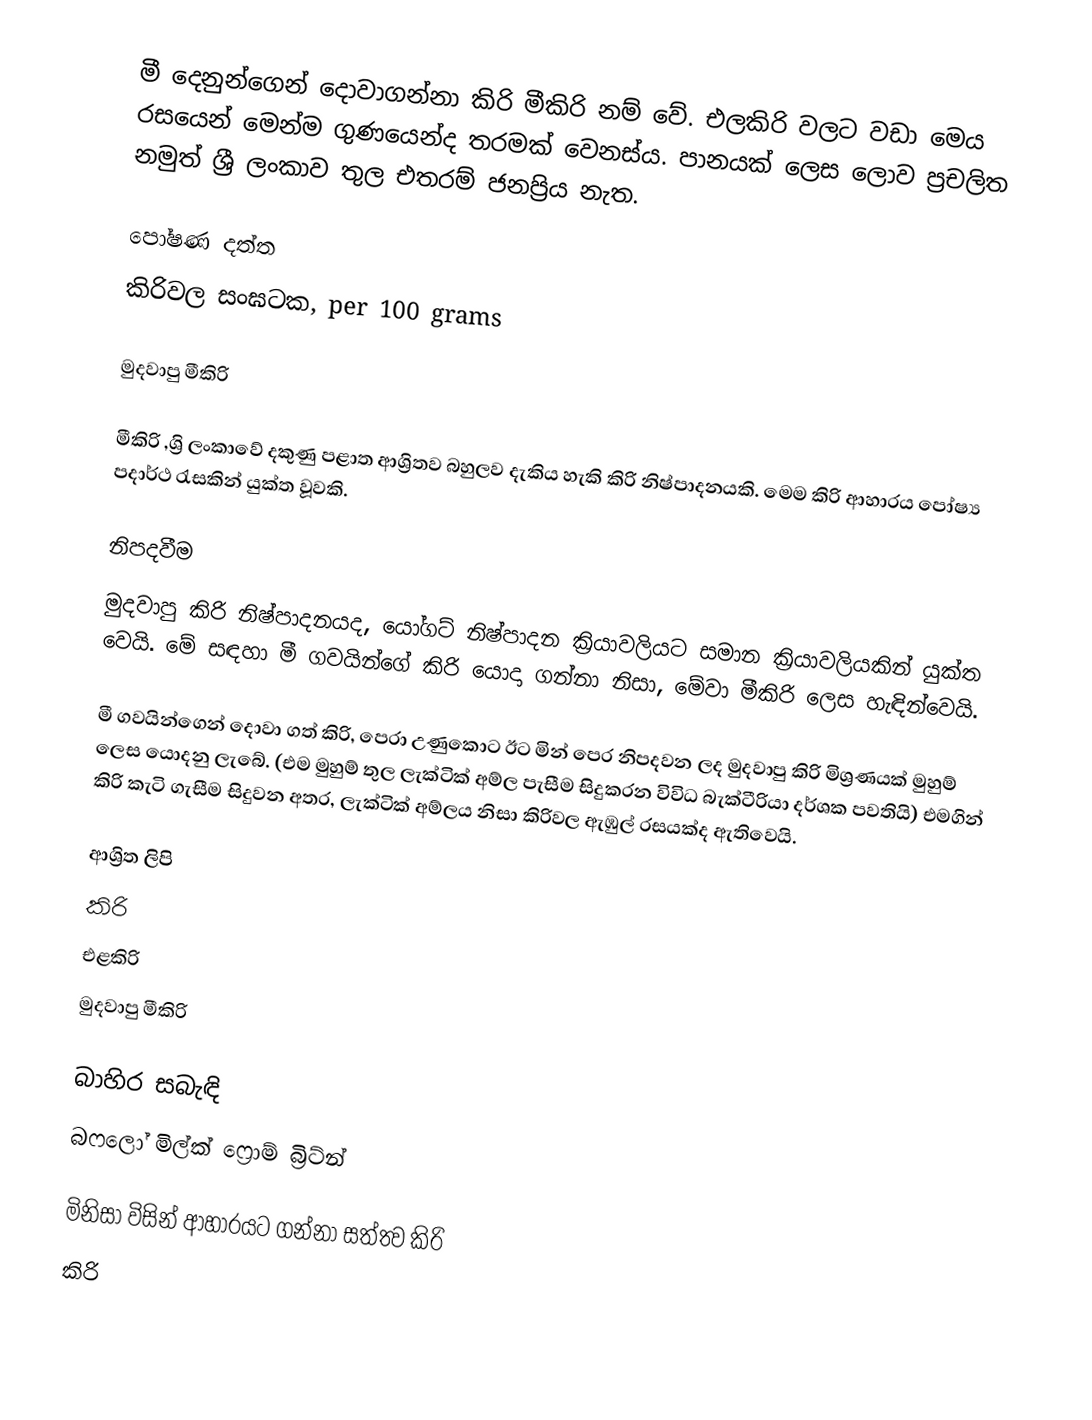
මී දෙනුන්ගෙන් දොවාගන්නා කිරි මීකිරි නම් වේ. එලකිරි වලට වඩා මෙය රසයෙන් මෙන්ම ගුණයෙන්ද තරමක් වෙනස්ය. පානයක් ලෙස ලොව ප්‍රචලිත නමුත් ශ්‍රී ලංකාව තුල එතරම් ජනප්‍රිය නැත.

පෝෂණ දත්ත
කිරිවල සංඝටක, per 100 grams

මුදවාපු මීකිරි

මීකිරි ,ශ්‍රි ලංකාවේ දකුණු පළාත ආශ්‍රිතව බහුලව දැකිය හැකි කිරි නිෂ්පාදනයකි. මෙම කිරි ආහාරය පෝෂ්‍ය පදාර්ථ රැසකින් යුක්ත වූවකි.

නිපදවීම
මුදවාපු කිරි නිෂ්පාදනයද, යෝගට් නිෂ්පාදන ක්‍රියාවලියට සමාන ක්‍රියාවලියකින් යුක්ත වෙයි. මේ සඳහා මී ගවයින්ගේ කිරි යොදා ගන්නා නිසා, මේවා මීකිරි ලෙස හැඳින්වෙයි.

මී ගවයින්ගෙන් දොවා ගත් කිරි, පෙරා උණුකොට ඊට මින් පෙර නිපදවන ලද මුදවාපු කිරි මිශ්‍රණයක් මුහුම් ලෙස යොදනු ලැබේ. (එම මුහුම් තුල ලැක්ටික් අම්ල පැසීම සිදුකරන විවිධ බැක්ටීරියා දර්ශක පවතියි) එමගින් කිරි කැටි ගැසීම සිදුවන අතර, ලැක්ටික් අම්ලය නිසා කිරිවල ඇඹුල් රසයක්ද ඇතිවෙයි.

ආශ්‍රිත ලිපි
කිරි
එළකිරි
මුදවාපු මීකිරි

බාහිර සබැඳි
බෆලෝ මිල්ක් ෆ්‍රොම් බ්‍රිට්න්

මිනිසා විසින් ආහාරයට ගන්නා සත්ත්‍ව කිරි
කිරි